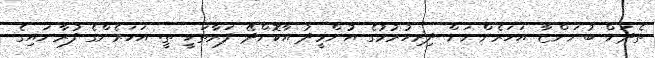
ތެދަށް ބުނަންޏާ އަހަރެންނަށް ދިރިހުރުމުގެ އުންމީދު އާކޮށްދޭ ފަރާތަކީ ތީ. އަހަރެންގެ ފުރާނައިގެ